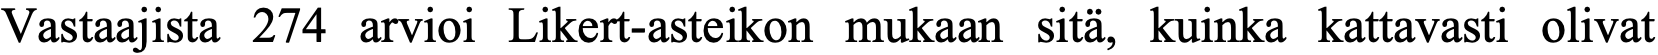
Vastaajista 274 arvioi Likert-asteikon mukaan sitä, kuinka kattavasti olivat